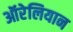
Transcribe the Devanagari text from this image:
ऑरेलियान